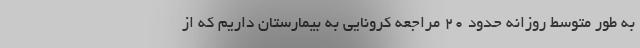
به طور متوسط روزانه حدود ۲۰ مراجعه کرونایی به بیمارستان داریم که از